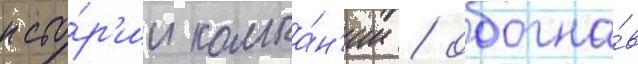
исто́р'ии компа́н'ии / обогна́в